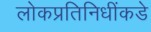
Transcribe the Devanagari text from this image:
लोकप्रतिनिधींकडे